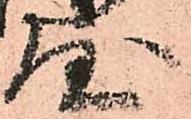
屋